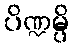
ပိဏ္ဍမ္ပိ